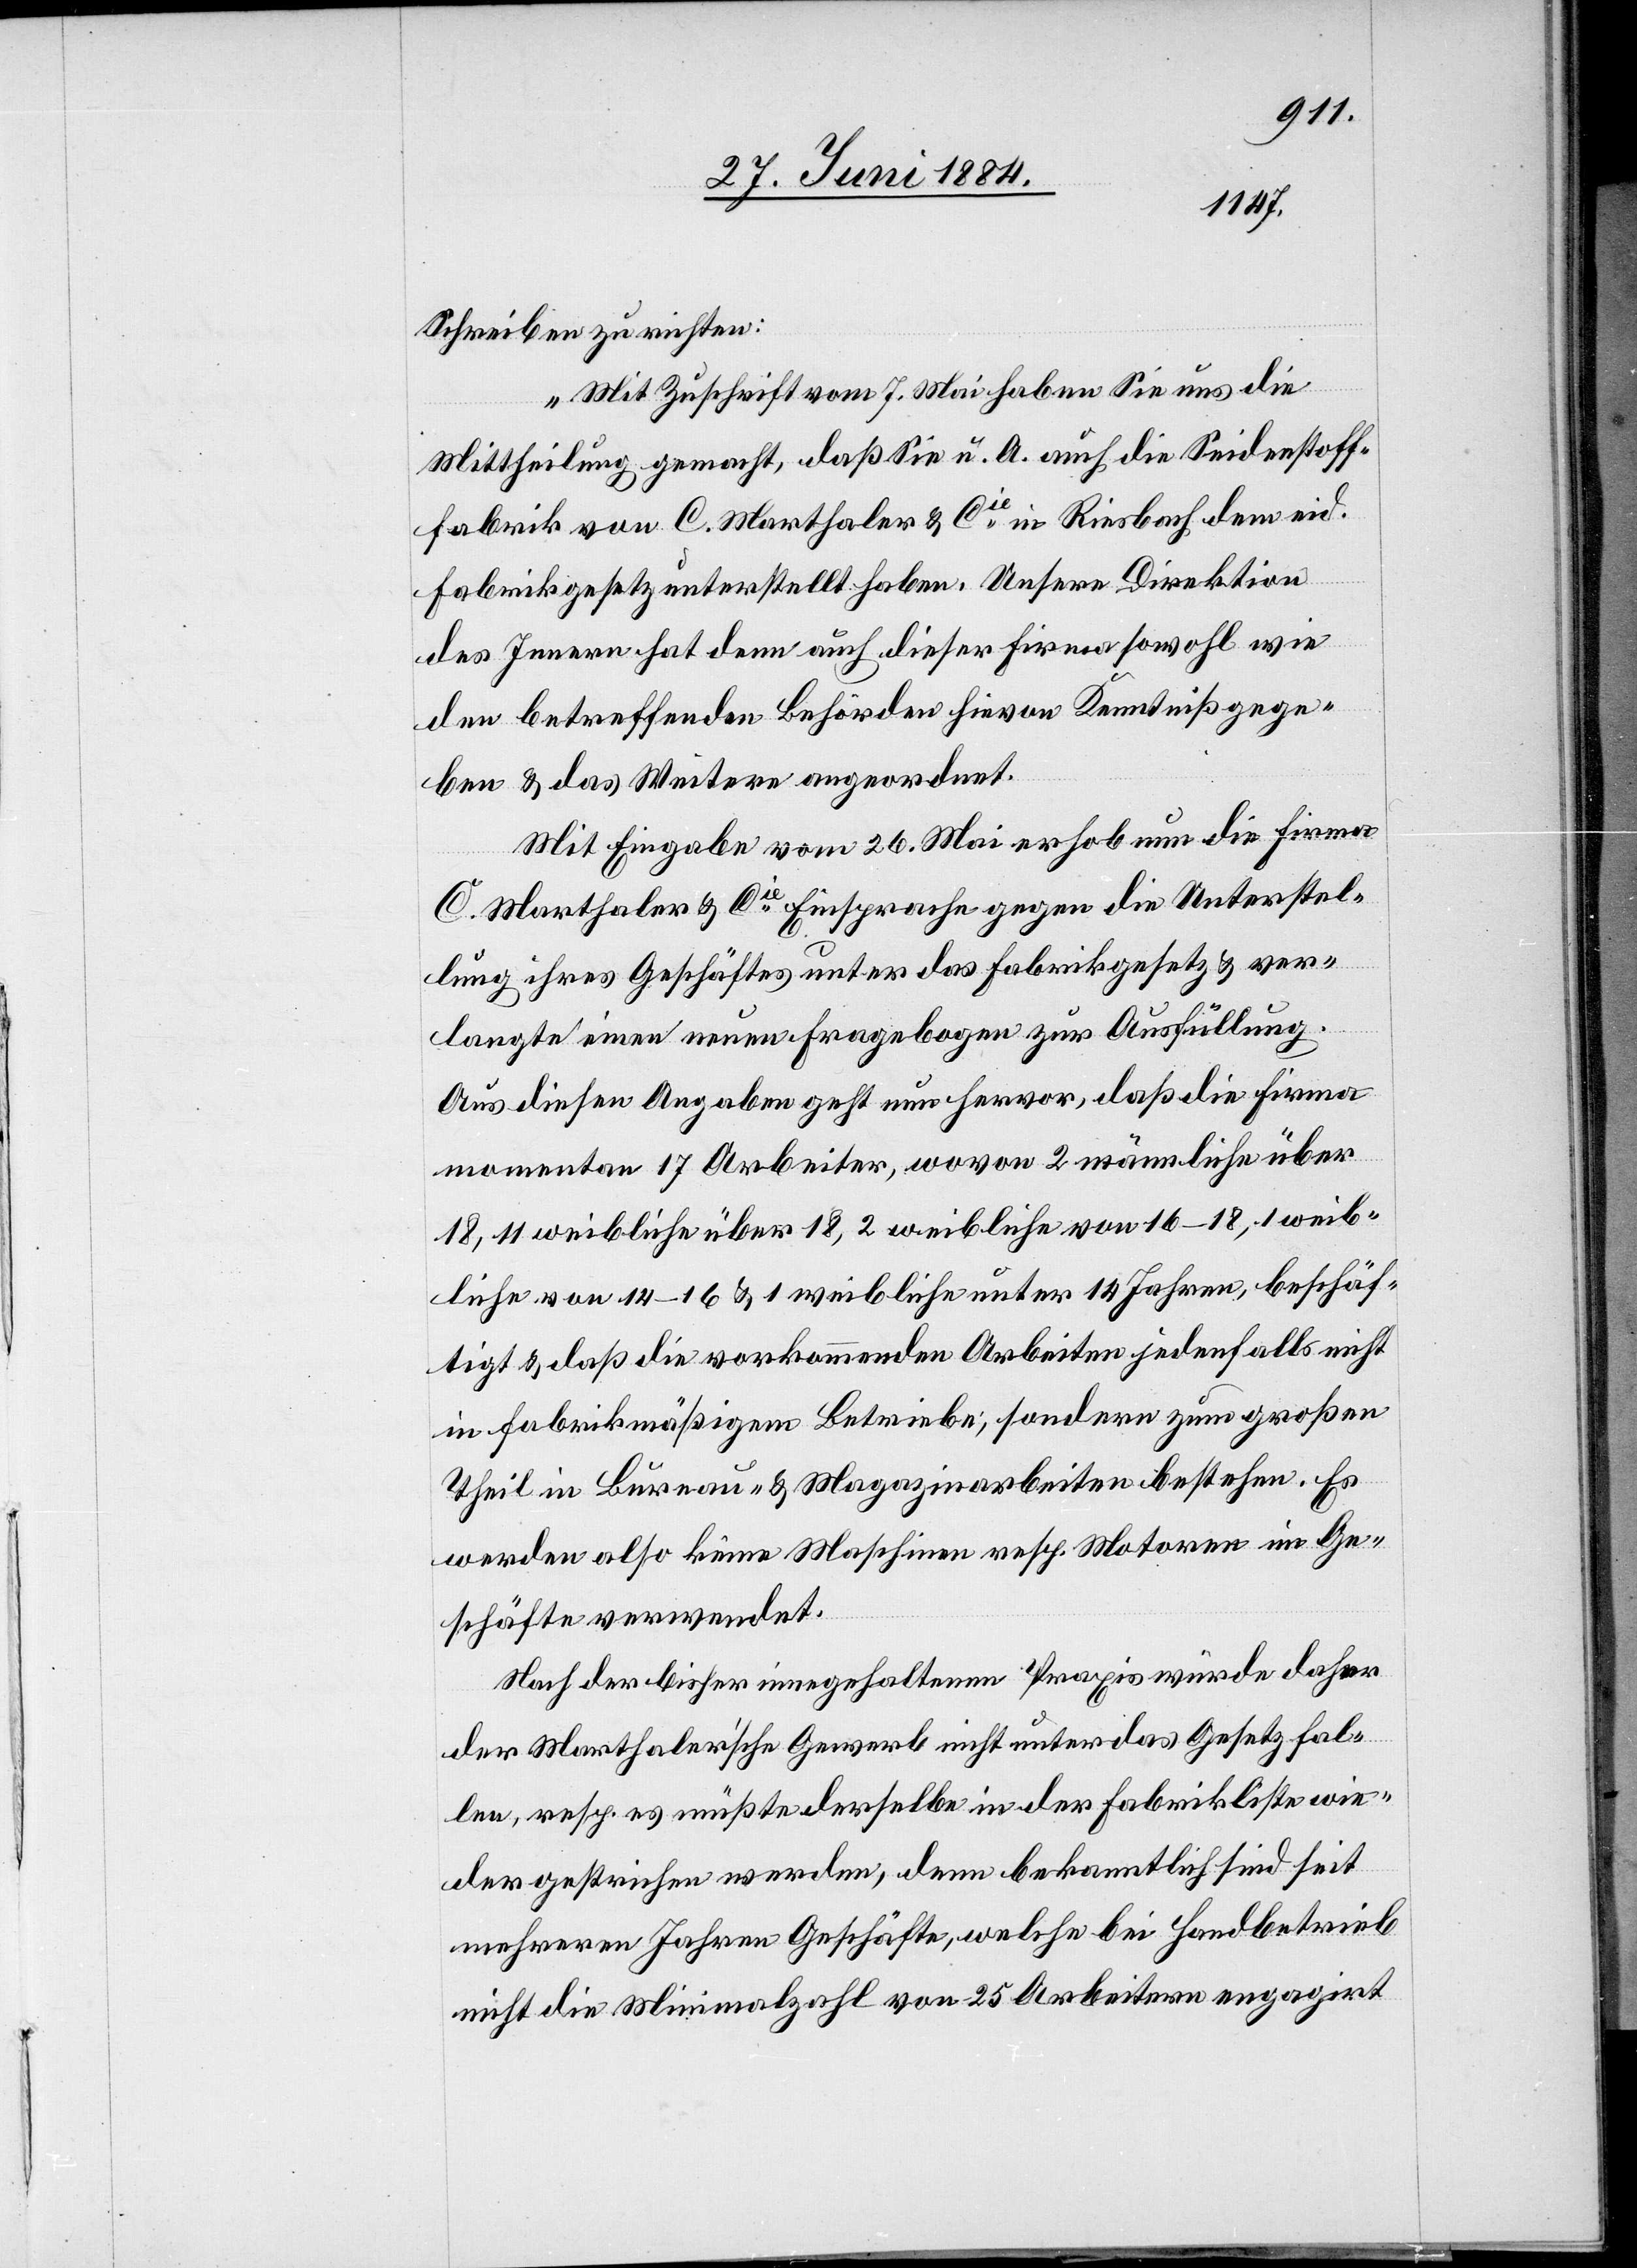
Schreiben zu richten:
„Mit Zuschrift vom 7. Mai haben Sie uns die
Mittheilung gemacht, daß Sie u. A. auch die Seidenstoff¬
fabrik von C. Marthaler & Cie in Riesbach dem eid.
Fabrikgesetz unterstellt haben. Unsere Direktion
des Innern hat denn auch dieser Firma sowohl wie
den betreffenden Behörden hievon Kenntniß gege¬
ben & das Weitere angeordnet.
Mit Eingabe vom 26. Mai erhob nun die Firma
C. Marthaler & Cie Einsprache gegen die Unterstel¬
lung ihres Geschäftes unter das Fabrikgesetz & ver¬
langte einen neuen Fragebogen zur Ausfüllung.
Aus diesen Angaben geht nun hervor, daß die Firma
momentan 17 Arbeiter, wovon 2 männliche über
18, 11 weiblich über 18, 2 weibliche von 16–18, 1 weib¬
liche von 14–16 & 1 weibliche unter 14 Jahren, beschäf¬
tigt & daß die vorkommenden Arbeiten jedenfalls nicht
in fabrikmäßigem Betriebe, sondern zum großen
Theil in Bureau- & Magazinarbeiten bestehen. Es
werden also keine Maschinen resp. Motoren im Ge¬
schäfte verwendet.
Nach der bisher innegehaltenen Praxis würde daher
der Marthaler’sche Gewerb nicht unter das Gesetz fal¬
len, resp. es müßte derselbe in der Fabrikliste wie¬
der gestrichen werden, denn bekanntlich sind seit
mehreren Jahren Geschäfte, welche bei Handbetrieb
nicht die Minimalzahl von 25 Arbeitern engagirt